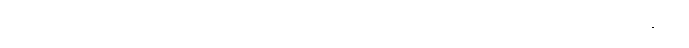
သူသည်ရွှဲနီများပေါ် ဖင်ချထိုင်ကာ လက်ထဲမှသေနတ်ဖြင့် မော်တော်ဘက် လှမ်းချိန်၏။